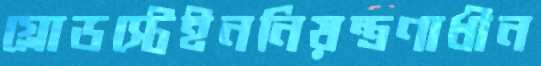
গ্লোডস্টেইননিয়ন্ত্রণাধীন